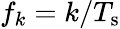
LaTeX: f_{k}=k/T_{\mathrm{s}}